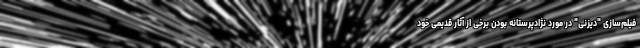
فیلم‌سازی "دیزنی" در مورد نژادپرستانه بودن برخی از آثار قدیمی خود